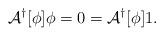
LaTeX: \begin{align*}\mathcal{A}^\dagger[\phi] \phi= 0 = \mathcal{A}^\dagger[\phi]1.\end{align*}